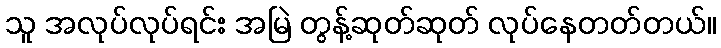
သူ အလုပ်လုပ်ရင်း အမြဲ တွန့်ဆုတ်ဆုတ် လုပ်နေတတ်တယ်။